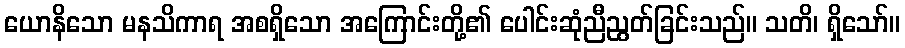
ယောနိသော မနသိကာရ အစရှိသော အကြောင်းတို့၏ ပေါင်းဆုံညီညွတ်ခြင်းသည်။ သတိ၊ ရှိသော်။